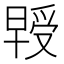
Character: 𭧃